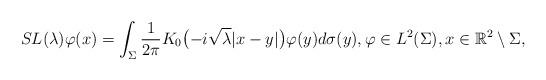
LaTeX: \begin{align*} SL(\lambda) \varphi(x) = \int_\Sigma \frac{1}{2 \pi} K_0 \bigl( - i \sqrt{\lambda} |x- y| \bigr) \varphi(y) d \sigma(y), \varphi \in L^2(\Sigma),x \in \mathbb{R}^2 \setminus \Sigma,\end{align*}